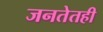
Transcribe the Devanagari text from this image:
जनतेतही